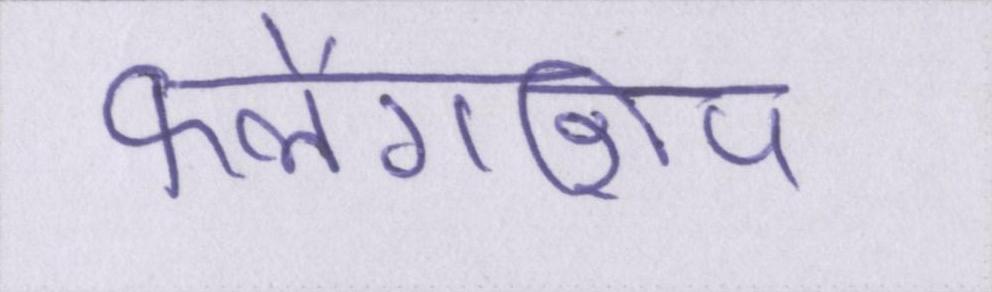
फ्लैगशिप